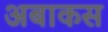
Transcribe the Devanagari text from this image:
अबाकस